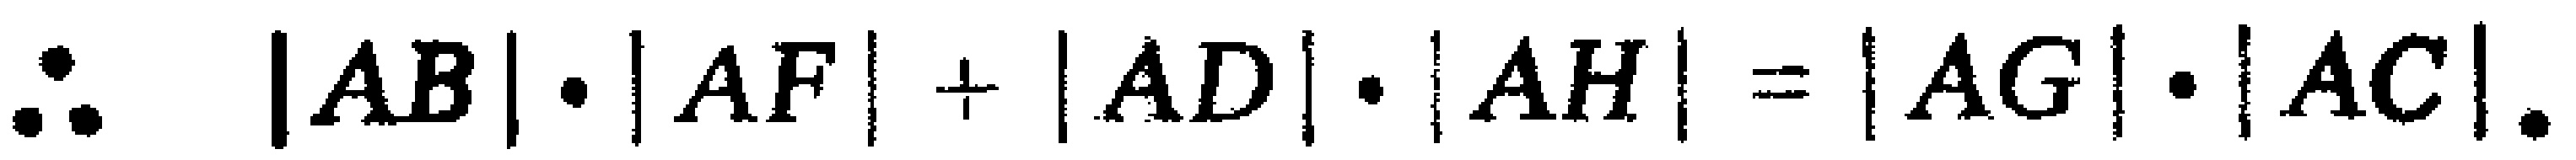
\(\therefore |AB|\cdot|AF|+|AD|\cdot|AH| = |AG|\cdot|AC|.\)